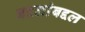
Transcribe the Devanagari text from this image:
बदलांबद्दल